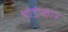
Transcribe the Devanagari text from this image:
थोडंफार